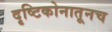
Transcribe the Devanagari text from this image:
दृष्टिकोनातूनच